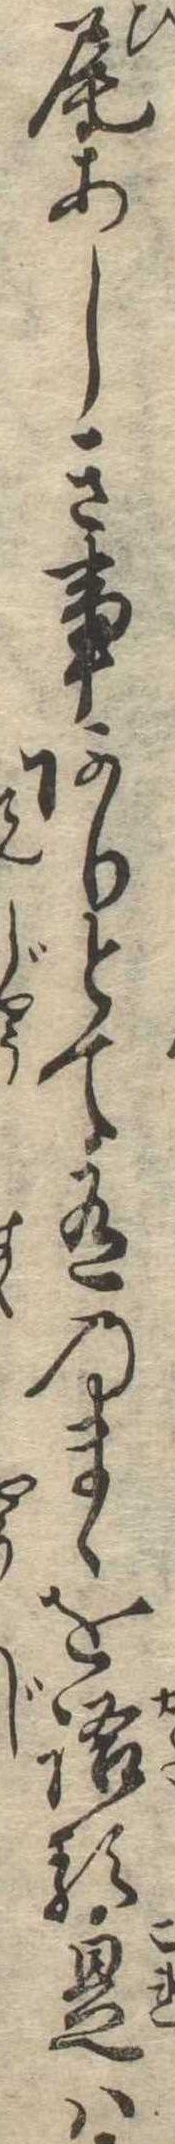
尾あしき事ありとて有のまゝを語る是は